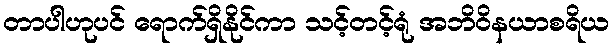
တာပါဟုပင် ရောက်ရှိနိုင်ကာ သင့်တင့်ရုံ အဘိဝိနယာစရိယ